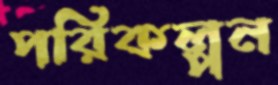
পরিকল্পন